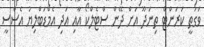
ވަގުތީ ކަރަންޓް ތިނަދޫ އަށް ދޭން ސްޓެލްކޯ އާއި އަދި އެމްޑަބްލިޔު އެސްސީ